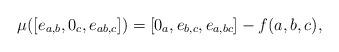
LaTeX: \begin{align*} \mu ( [e_{a,b},0_c,e_{ab,c}] ) = [0_a,e_{b,c},e_{a,bc}] -f(a,b,c),\end{align*}